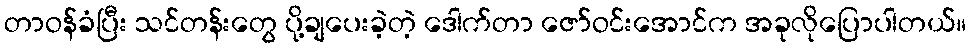
တာဝန်ခံပြီး သင်တန်းတွေ ပို့ချပေးခဲ့တဲ့ ဒေါက်တာ ဇော်ဝင်းအောင်က အခုလိုပြောပါတယ်။